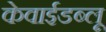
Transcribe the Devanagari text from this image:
केवाईडब्लू